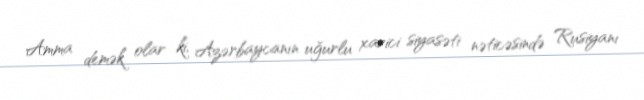
Amma demək olar ki, Azərbaycanın uğurlu xarici siyasəti nəticəsində Rusiyanı